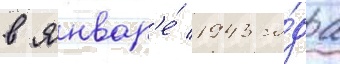
в январ'е́ 1943 го́да